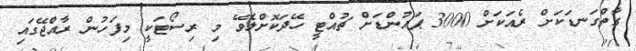
ގާތްގަނޑަކަށް ރެއަކަށް 3000 ޕައުންޑަށް ޗުއްޓީ ހޭދަކޮށްލެވޭ މި ރިސޯޓަކީ މިފަހުން ރާއްޖޭގައި